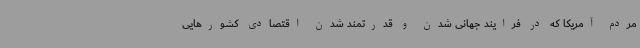
مردم آمریکا که در فرایند جهانی شدن و قدرتمند شدن اقتصادی کشورهایی